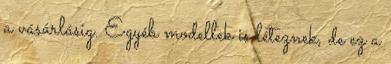
a vásárlásig. Egyéb modellek is léteznek, de ez a